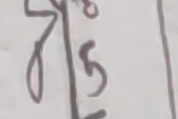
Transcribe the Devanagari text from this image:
जा